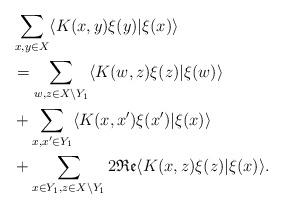
LaTeX: \begin{align*}&\sum_{x,y \in X} \langle K(x,y)\xi(y) | \xi(x)\rangle \\& =\sum_{w,z \in X\setminus Y_1} \langle K(w,z)\xi(z) | \xi(w)\rangle\\& + \sum_{x, x' \in Y_1} \langle K(x,x')\xi(x') | \xi(x)\rangle\\& + \sum_{x \in Y_1, z \in X \setminus Y_1} 2\mathfrak{Re} \langle K(x,z)\xi(z) | \xi(x)\rangle.\end{align*}